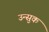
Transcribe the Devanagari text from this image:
उन्सुक